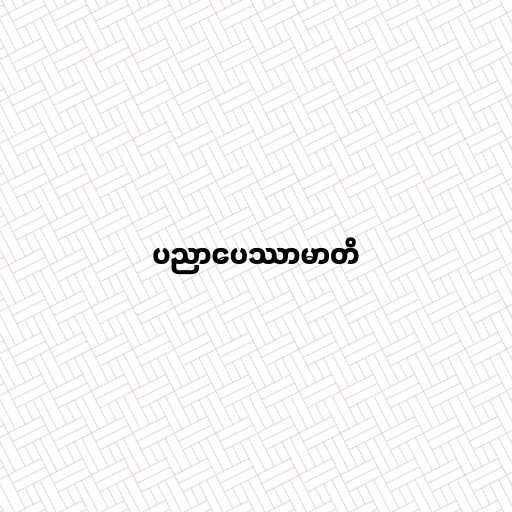
ပညာပေဿာမာတိ